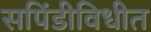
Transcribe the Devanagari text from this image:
सपिंडीविधीत